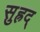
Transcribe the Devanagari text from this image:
सुह्रद्